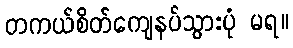
တကယ်စိတ်ကျေနပ်သွားပုံ မရ။